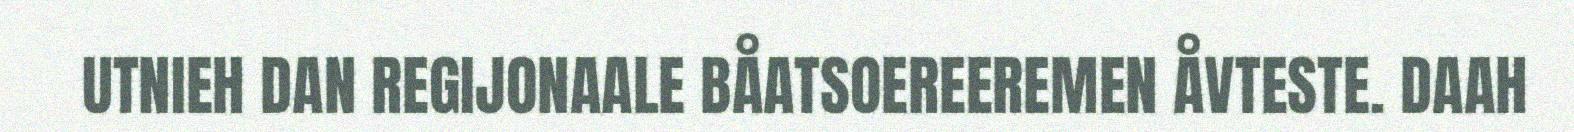
UTNIEH DAN REGIJONAALE BÅATSOEREEREMEN ÅVTESTE. DAAH